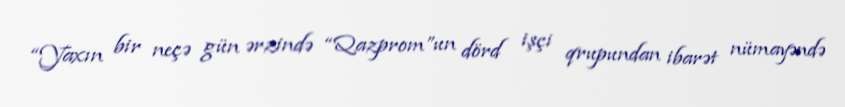
“Yaxın bir neçə gün ərzində “Qazprom”un dörd işçi qrupundan ibarət nümayəndə